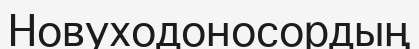
Новуходоносордың